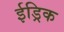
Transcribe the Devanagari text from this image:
ईड्रिक